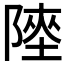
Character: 𨻊